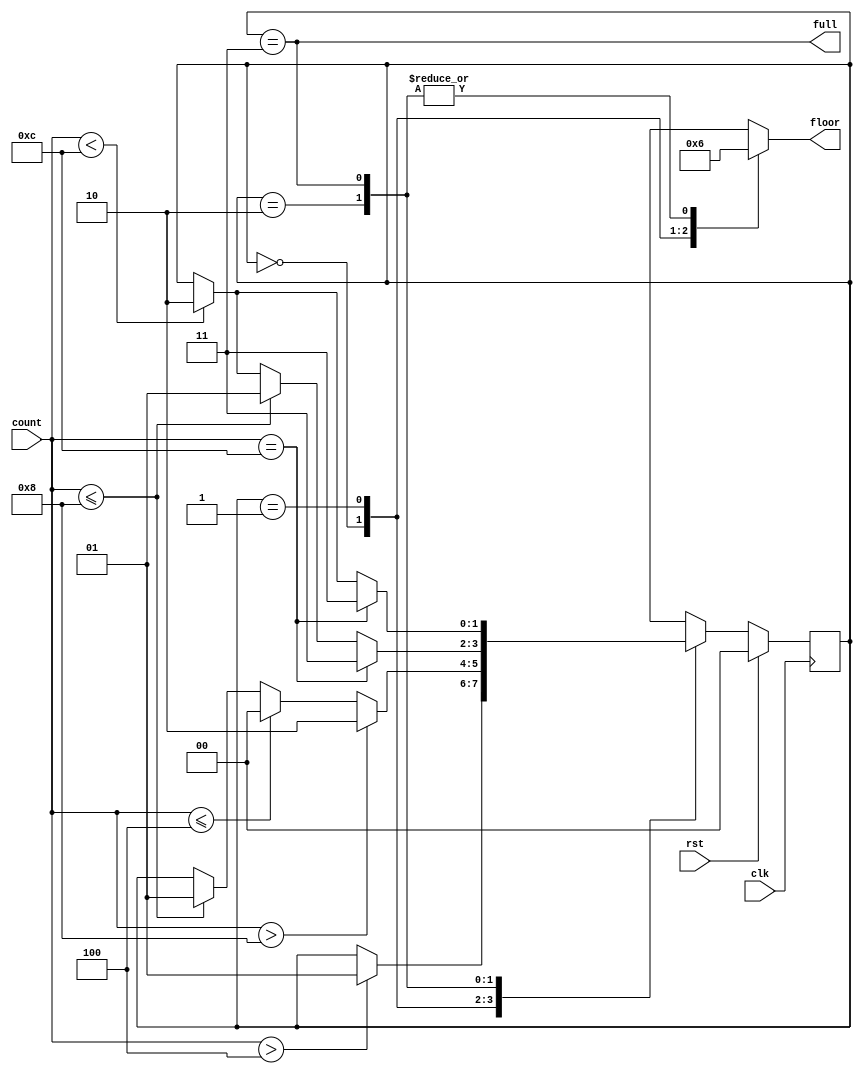
`timescale 1ns / 1ps

module park_fsm(
    input clk,
    input rst,
    input [3:0] count,
    output reg [1:0] floor,
    output full
    );

localparam FLOOR0 = 2'b00;
localparam FLOOR1 = 2'b01;
localparam FLOOR2 = 2'b10;
localparam FULL = 2'b11;

reg [1:0] state, state_next;

always@(posedge clk) begin
    if(rst==1)
       state<=FLOOR0;
    else 
       state<=state_next;
    end 

always@(*)
begin
state_next=state;
case(state)
FLOOR0:
if(count > 4) state_next = FLOOR1;  

FLOOR1:
if(count > 8) state_next = FLOOR2;
else if(count<=4) state_next = FLOOR0;
    else if (count<=8) state_next= FLOOR1;
    
FLOOR2:
if(count == 12) state_next = FULL;
else if(count<=8) state_next = FLOOR1;
    else if (count< 12) state_next= FLOOR2;
    
FULL:
if(count==12) state_next = FULL;
    else if (count<12) state_next= FLOOR2;

endcase

end

always@(*)
begin
case(state)
FLOOR0:
    floor=0;
FLOOR1:
    floor=1;
FLOOR2:
    floor=2;
FULL:
    floor=2;
endcase

end
assign full= (state == FULL);


endmodule